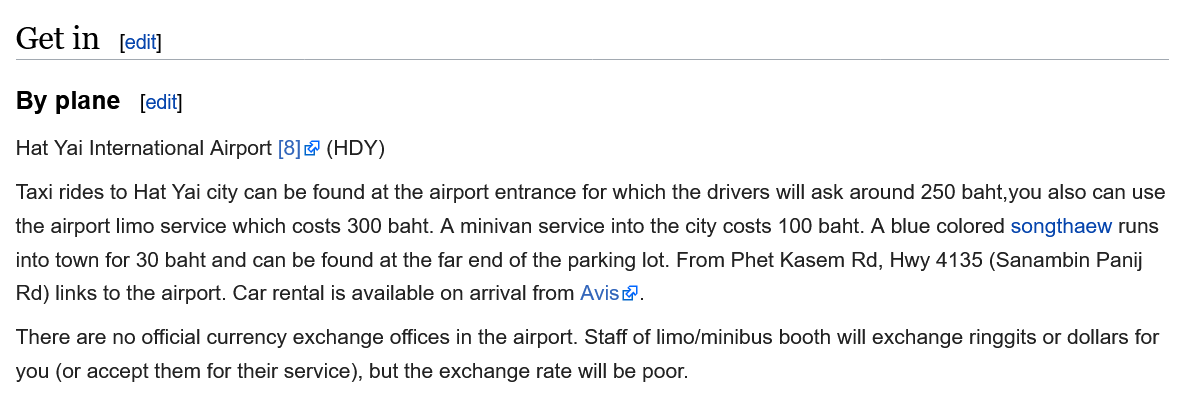
Get   in
  By  plane   [edit]
  Hat Yai International Airport [8] @ (HDY)
  Taxi rides to Hat Yai city can be found at the airport entrance for which the drivers will ask around 250 baht,you also can use
  the airport limo service which costs 300 baht. A minivan service into the city costs 100 baht. A blue colored songthaew runs
  into town for 30 baht and can be found at the far end of the parking lot. From Phet Kasem Rd, Hwy 4135 (Sanambin Panij
  Rd) links to the airport. Car rental is available on arrival from Avis.
  There are no official currency exchange offices in the airport. Staff of limo/minibus booth will exchange ringgits or dollars for
  you (or accept them for their service), but the exchange rate will be poor.